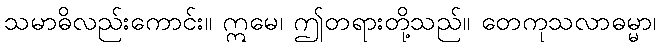
သမာဓိလည်းကောင်း။ ဣမေ၊ ဤတရားတို့သည်။ တေကုသလာဓမ္မာ၊